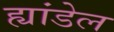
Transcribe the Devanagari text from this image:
ह्यांडेल